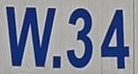
W.34